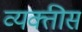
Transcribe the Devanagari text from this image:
व्‍यक्तीस